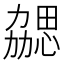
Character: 勰